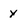
Character: Y